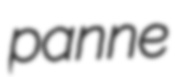
panne